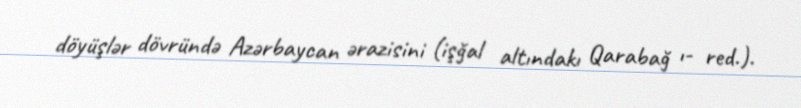
döyüşlər dövründə Azərbaycan ərazisini (işğal altındakı Qarabağ ı- red.).